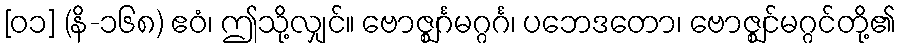
[၀၁] (နိ-၁၆၈) ဧဝံ၊ ဤသို့လျှင်။ ဗောဇ္ဈင်္ဂမဂ္ဂင်္ဂ၊ ပဘေဒတော၊ ဗောဇ္ဈင်မဂ္ဂင်တို့၏